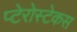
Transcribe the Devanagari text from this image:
प्टेरोस्टेकस